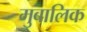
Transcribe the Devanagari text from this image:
मुबालिक